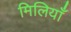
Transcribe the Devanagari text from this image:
मिलियाँ